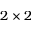
2 \times 2